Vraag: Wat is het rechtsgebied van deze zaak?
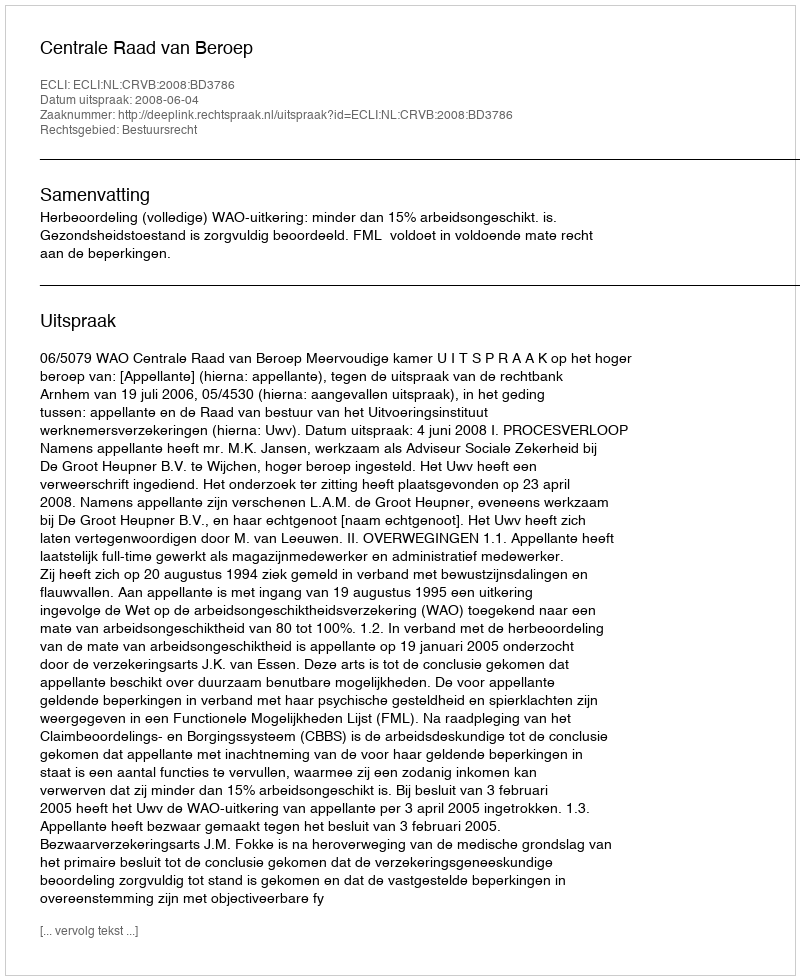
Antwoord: Bestuursrecht